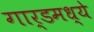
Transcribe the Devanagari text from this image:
गार्डमध्ये